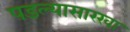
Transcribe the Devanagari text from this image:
पडल्यासारखा